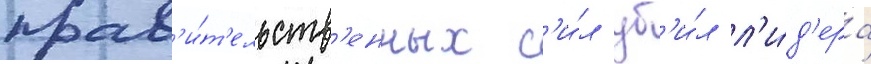
прав'и́т'ельств'енных с'и́л уб'и́л л'и́д'ера